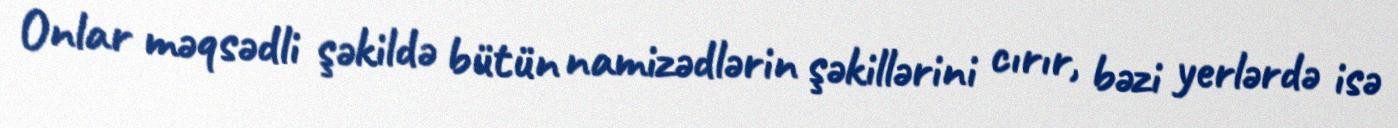
Onlar məqsədli şəkildə bütün namizədlərin şəkillərini cırır, bəzi yerlərdə isə